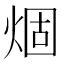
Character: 𤊎